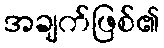
အချက်ဖြစ်၏